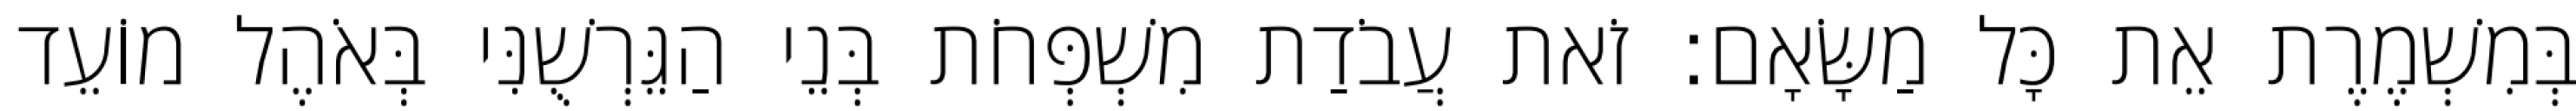
בְּמִשְׁמֶרֶת אֵת כָּל מַשָּׂאָם׃ זֹאת עֲבֹדַת מִשְׁפְּחֹת בְּנֵי הַגֵּרְשֻׁנִּי בְּאֹהֶל מוֹעֵד